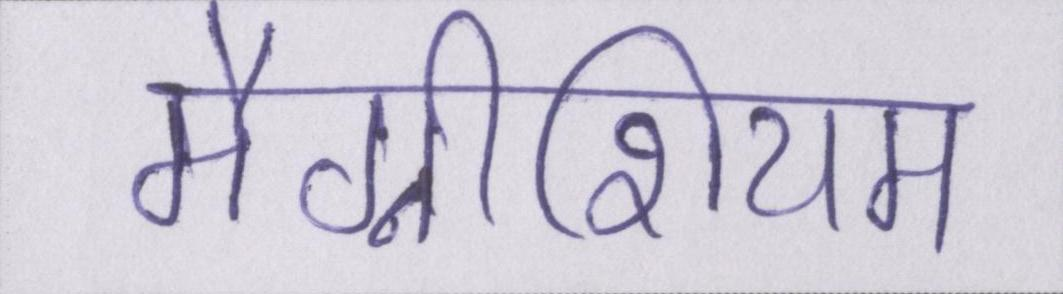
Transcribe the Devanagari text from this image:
मैग्नीशियम